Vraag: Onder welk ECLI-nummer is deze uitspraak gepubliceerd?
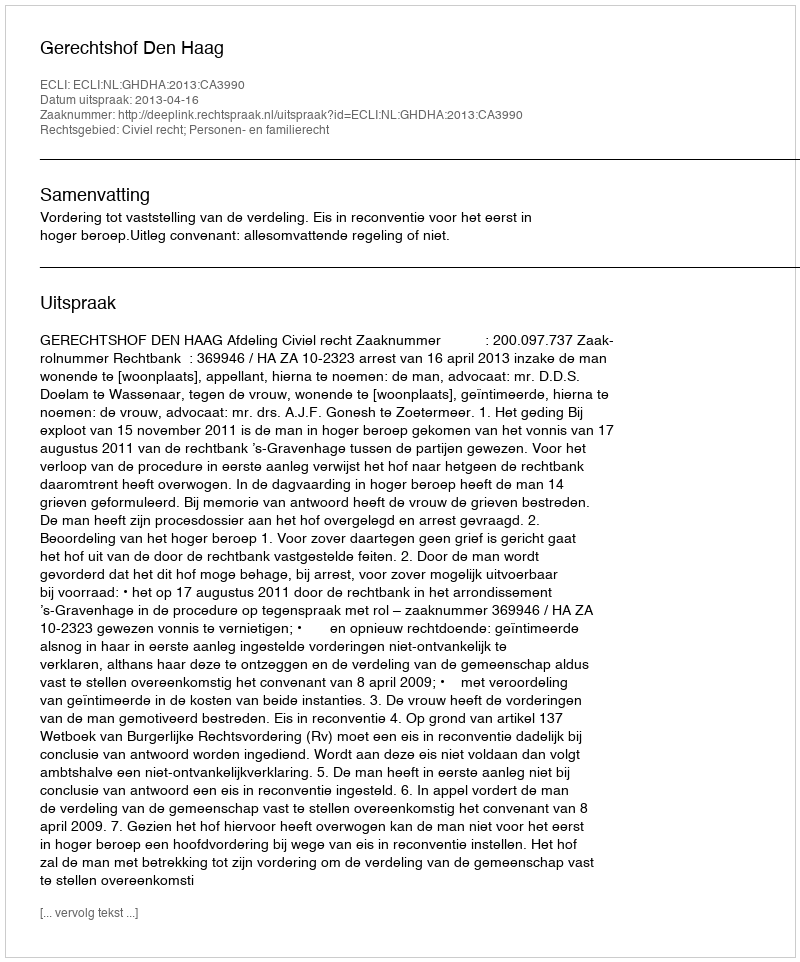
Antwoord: ECLI:NL:GHDHA:2013:CA3990